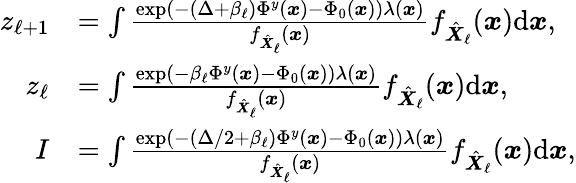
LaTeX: \begin{array}{rl}{z_{\ell{+}1}}&{=\int\frac{\exp(-(\Delta+\beta_{\ell})\Phi^{y}({\boldsymbol x})-\Phi_{0}({\boldsymbol x}))\lambda({\boldsymbol x})}{f_{\hat{\boldsymbol X}_{\ell}}({\boldsymbol x})}f_{\hat{\boldsymbol X}_{\ell}}({\boldsymbol x}){\mathrm{d}}{\boldsymbol x},}\\ {z_{\ell}}&{=\int\frac{\exp(-\beta_{\ell}\Phi^{y}({\boldsymbol x})-\Phi_{0}({\boldsymbol x}))\lambda({\boldsymbol x})}{f_{\hat{\boldsymbol X}_{\ell}}({\boldsymbol x})}f_{\hat{\boldsymbol X}_{\ell}}({\boldsymbol x}){\mathrm{d}}{\boldsymbol x},}\\ {I}&{=\int\frac{\exp(-(\Delta/2+\beta_{\ell})\Phi^{y}({\boldsymbol x})-\Phi_{0}({\boldsymbol x}))\lambda({\boldsymbol x})}{f_{\hat{\boldsymbol X}_{\ell}}({\boldsymbol x})}f_{\hat{\boldsymbol X}_{\ell}}({\boldsymbol x}){\mathrm{d}}{\boldsymbol x},}\end{array}